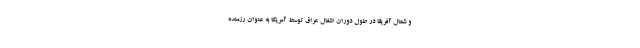
و شمال آفریقا در طول دوران اشغال عراق توسط آمریکا به عنوان رزمنده